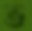
ভ